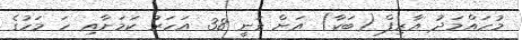
މުހައްމަދު އާރިފް (ބަކާ) އަށް ވަނީ 38 އަހަރު ކަމަށާއި ހަ މަހުގެ